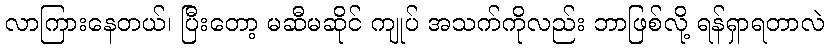
လာကြားနေတယ်၊ ပြီးတော့ မဆီမဆိုင် ကျုပ် အသက်ကိုလည်း ဘာဖြစ်လို့ ရန်ရှာရတာလဲ